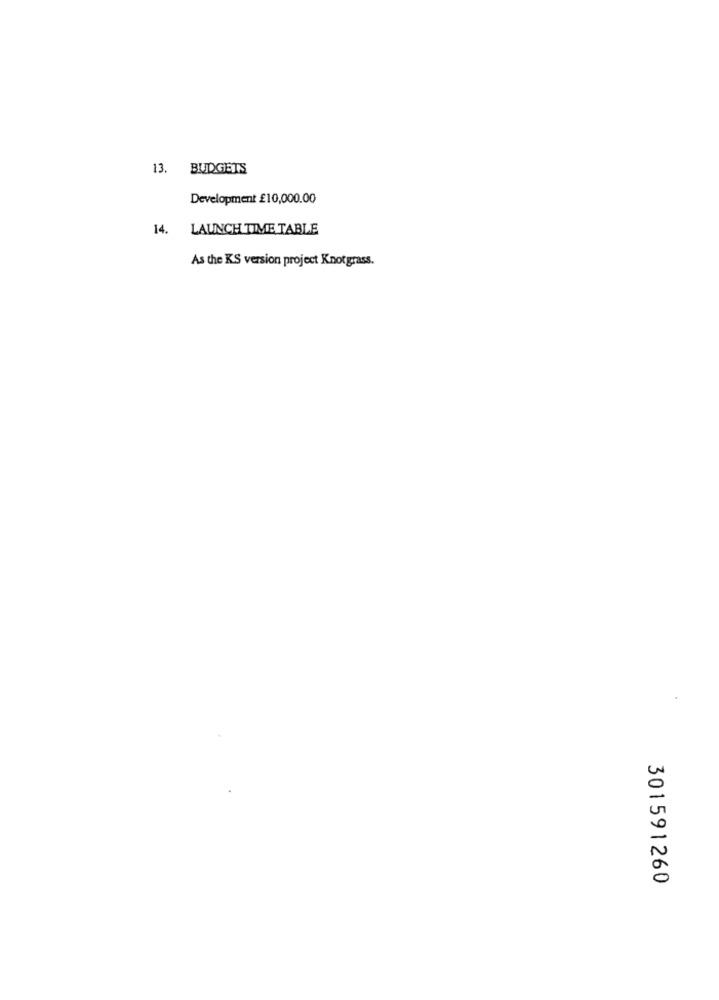
13. BUDGETS
Development £10,000.00
14. LAUNCH TIME TABLE
As the KS version project Knotgrass.
301591260